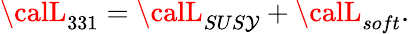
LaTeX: {\calL}_{331}={\calL}_{SUS\mathcal{Y}}+{\calL}_{soft}.